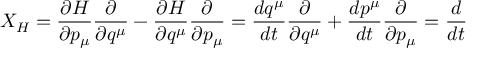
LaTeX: X _ { H } = { \frac { \partial H } { \partial p _ { \mu } } } { \frac { \partial } { \partial q ^ { \mu } } } - { \frac { \partial H } { \partial q ^ { \mu } } } { \frac { \partial } { \partial p _ { \mu } } } = { \frac { d q ^ { \mu } } { d t } } { \frac { \partial } { \partial q ^ { \mu } } } + { \frac { d p ^ { \mu } } { d t } } { \frac { \partial } { \partial p _ { \mu } } } = { \frac { d } { d t } }